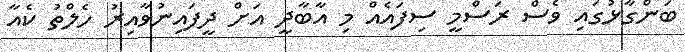
ބަންގާޅުގައި ވެސް ރަސްމީ ސިފައެއް މި އާބާދީ އަށް ދީފައިނުވާއިރު ހެލްތު ކެއާ